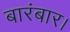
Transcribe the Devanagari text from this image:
बारंबार।